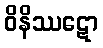
ဝိနိဿဋော